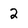
Character: 2